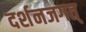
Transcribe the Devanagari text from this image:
दर्शनजगत्